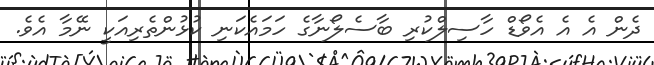
ދެން އެ އެ އެވޯޑް ހާސިލްކުރި ބާސެލޯނާގެ ހަމައެކަނި ކުޅުންތެރިއަކީ ނޭމާ އެވެ.